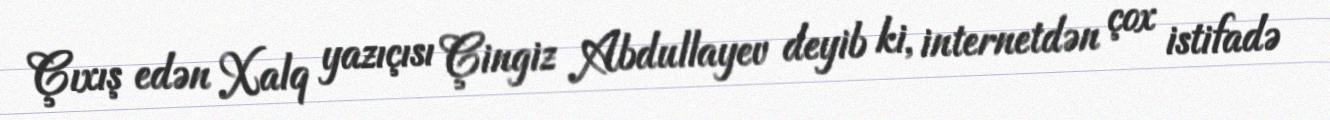
Çıxış edən Xalq yazıçısı Çingiz Abdullayev deyib ki, internetdən çox istifadə